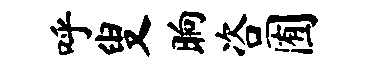
呼叟晌咨囿